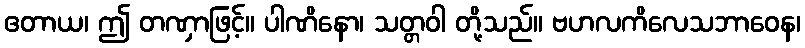
ဧတာယ၊ ဤ တဏှာဖြင့်။ ပါဏိနော၊ သတ္တဝါ တို့သည်။ ဗဟလကိလေသဘာဝေန၊